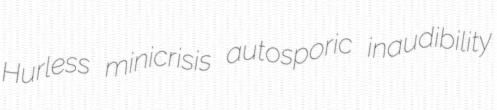
Hurless minicrisis autosporic inaudibility